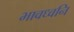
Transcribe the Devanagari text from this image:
भावध्वनि